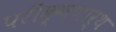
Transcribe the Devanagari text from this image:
परीक्षणार्थ